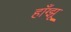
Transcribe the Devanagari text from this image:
हाँग्झू